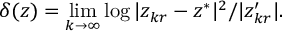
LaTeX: \delta ( z ) = \operatorname* { l i m } _ { k \to \infty } \log | z _ { k r } - z ^ { * } | ^ { 2 } / | z _ { k r } ^ { \prime } | .